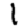
Digit: 1